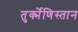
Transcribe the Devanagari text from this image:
तुर्क्मेणिस्तान